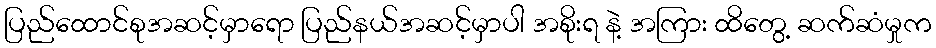
ပြည်ထောင်စုအဆင့်မှာရော ပြည်နယ်အဆင့်မှာပါ အစိုးရ နဲ့ အကြား ထိတွေ့ ဆက်ဆံမှုက